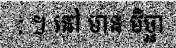
: ។ នៅ មាន មិច្ឆា